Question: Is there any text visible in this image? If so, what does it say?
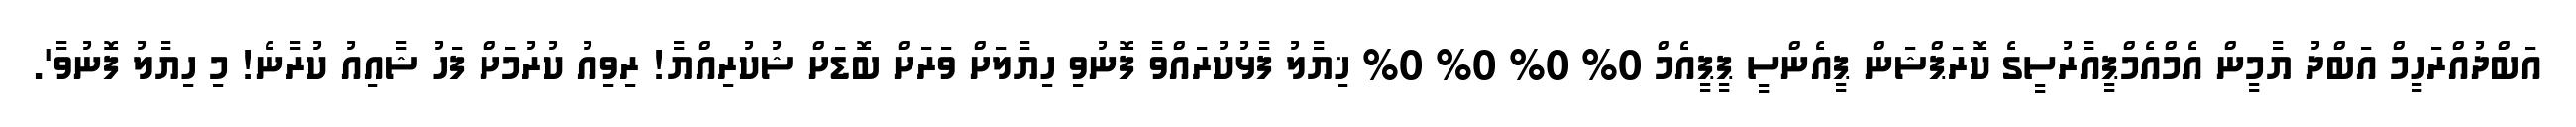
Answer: އަބްދުއްރަހީމް އަބްދު ޔާމީން އެމްއެމްޕީއާރުސީގެ ކޮރަޕްޝަން ޕީއެންސީ ޕީޕީއެމް 0% 0% 0% 0% ޚިޔާލު ފާޅުކުރައްވާ ފޮނުވި ހިޔާލަށް ވަރަށް ބޮޑަށް ޝުކުރިއްޔާ! ރިވިއު ކުރުމަށް ފަހު ޝާއިއު ކުރާނެ! މި ހިޔާލު ފޮނުވާ'.